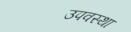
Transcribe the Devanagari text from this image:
उपवस्था